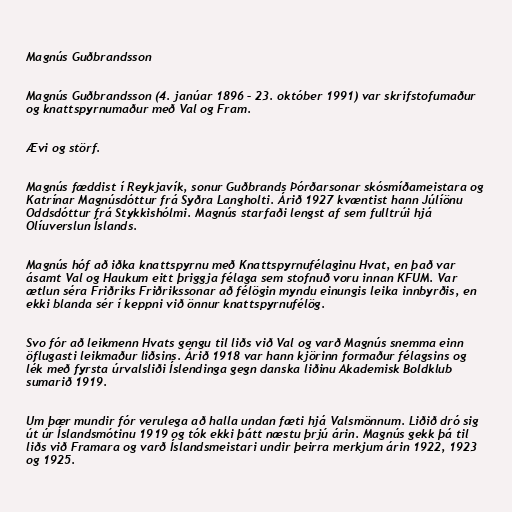
Magnús Guðbrandsson

Magnús Guðbrandsson (4. janúar 1896 – 23. október 1991) var skrifstofumaður
og knattspyrnumaður með Val og Fram.

Ævi og störf.

Magnús fæddist í Reykjavík, sonur Guðbrands Þórðarsonar skósmíðameistara og
Katrínar Magnúsdóttur frá Syðra Langholti. Árið 1927 kvæntist hann Júlíönu
Oddsdóttur frá Stykkishólmi. Magnús starfaði lengst af sem fulltrúi hjá
Olíuverslun Íslands.

Magnús hóf að iðka knattspyrnu með Knattspyrnufélaginu Hvat, en það var
ásamt Val og Haukum eitt þriggja félaga sem stofnuð voru innan KFUM. Var
ætlun séra Friðriks Friðrikssonar að félögin myndu einungis leika innbyrðis, en
ekki blanda sér í keppni við önnur knattspyrnufélög.

Svo fór að leikmenn Hvats gengu til liðs við Val og varð Magnús snemma einn
öflugasti leikmaður liðsins. Árið 1918 var hann kjörinn formaður félagsins og
lék með fyrsta úrvalsliði Íslendinga gegn danska liðinu Akademisk Boldklub
sumarið 1919.

Um þær mundir fór verulega að halla undan fæti hjá Valsmönnum. Liðið dró sig
út úr Íslandsmótinu 1919 og tók ekki þátt næstu þrjú árin. Magnús gekk þá til
liðs við Framara og varð Íslandsmeistari undir þeirra merkjum árin 1922, 1923
og 1925.